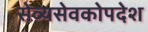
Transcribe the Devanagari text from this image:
सेव्यसेवकोपदेश